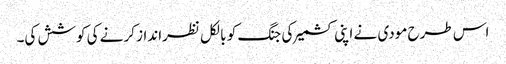
اس طرح مودی نے اپنی کشمیر کی جنگ کو بالکل نظرانداز کرنے کی کوشش کی۔